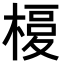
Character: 𣘅